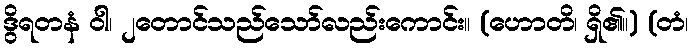
ဒွိရတနံ ဝါ၊ ၂တောင်သည်သော်လည်းကောင်း။ (ဟောတိ၊ ရှိ၏။) (တံ၊